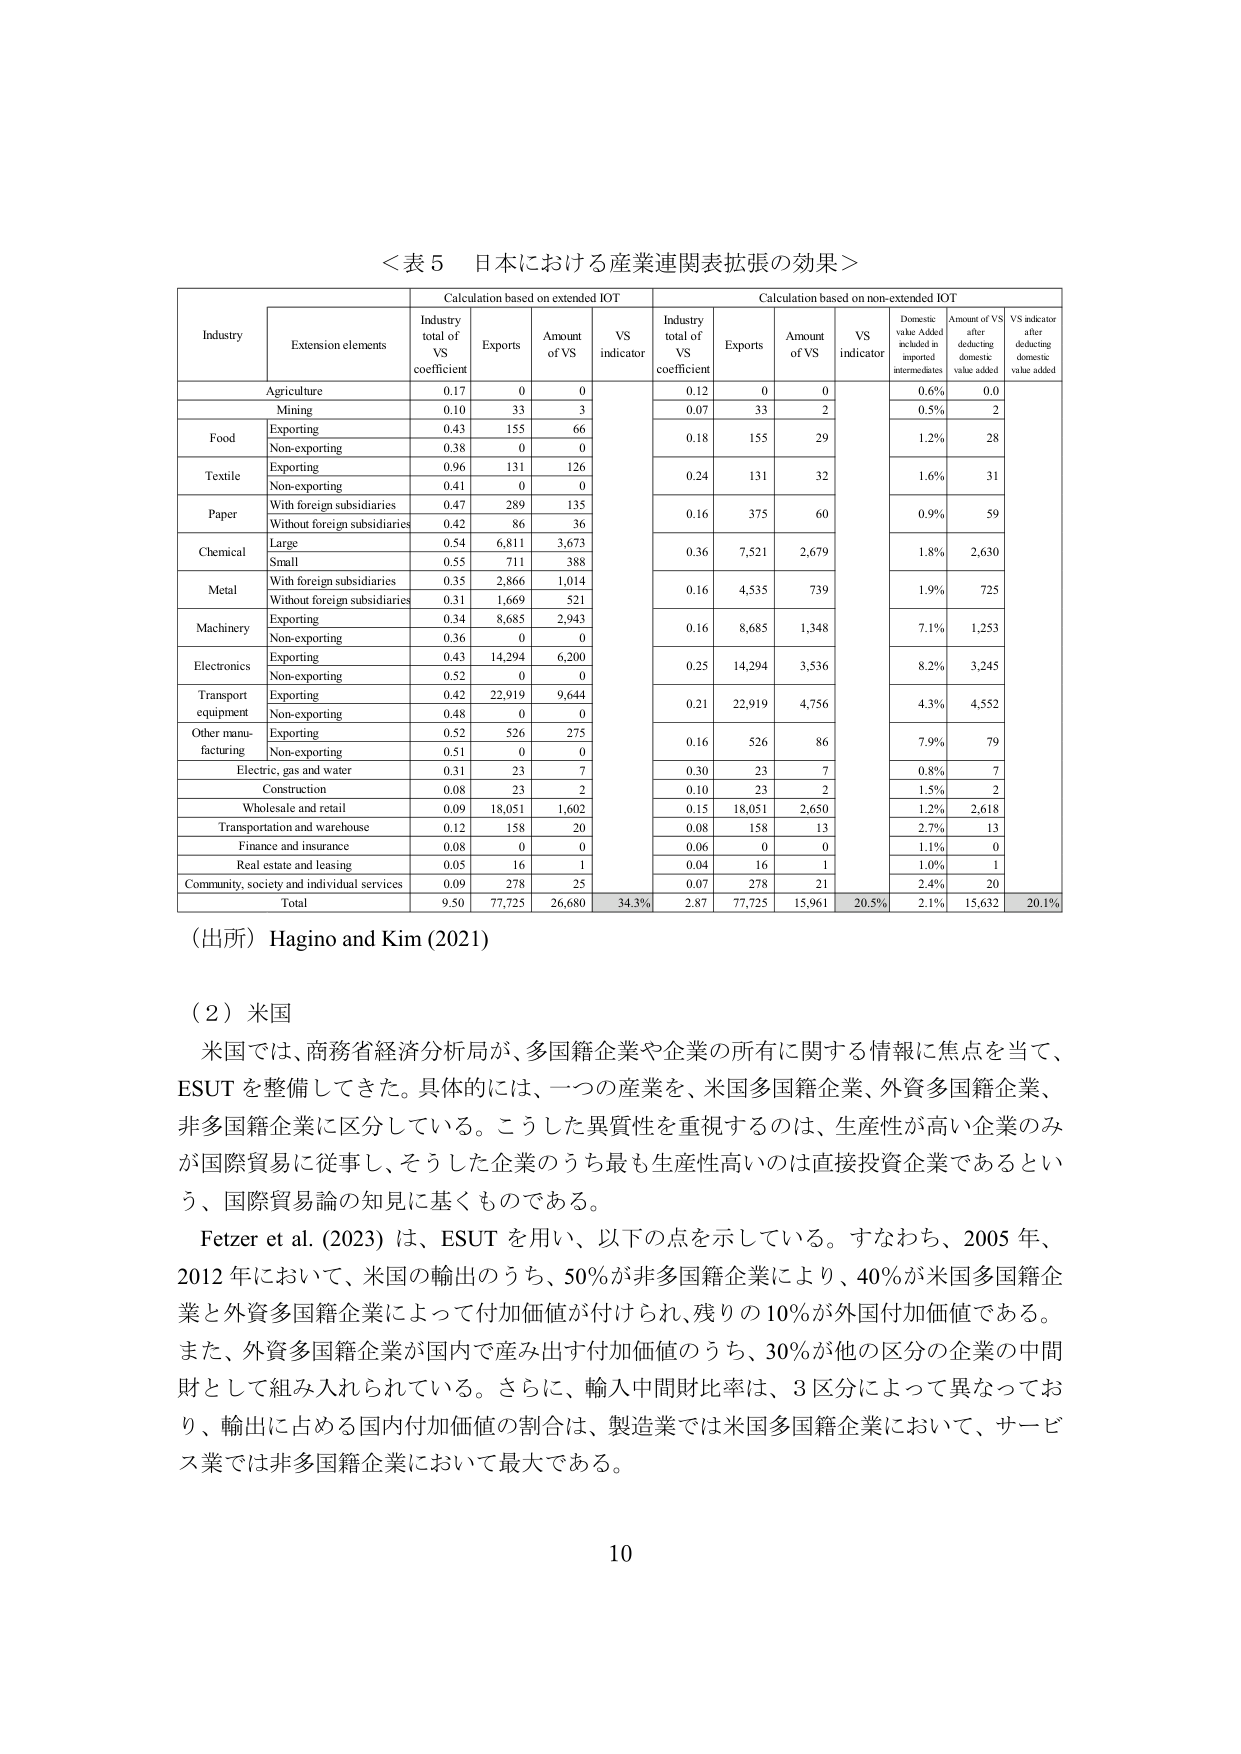
＜表５ 日本における産業連関表拡張の効果＞

Industry | Extension elements | Calculation based on extended IOT | Calculation based on non-extended IOT
--- | --- | --- | ---
 | | Industry total of VS coefficient | Exports | Amount of VS | VS indicator | Industry total of VS coefficient | Exports | Amount of VS | VS indicator | Domestic value Added included in imported intermediates | Amount of VS after deducting domestic value added | VS indicator after deducting domestic value added
Agriculture | | 0.17 | 0 | 0 | | 0.12 | 0 | 0 | | 0.6% | 0.0 |
Mining | | 0.10 | 33 | 3 | | 0.07 | 33 | 2 | | 0.5% | 2 |
Food | Exporting | 0.43 | 155 | 66 | | 0.18 | 155 | 29 | | 1.2% | 28 |
 | Non-exporting | 0.38 | 0 | 0 | | | | | | | |
Textile | Exporting | 0.96 | 131 | 126 | | 0.24 | 131 | 32 | | 1.6% | 31 |
 | Non-exporting | 0.41 | 0 | 0 | | | | | | | |
Paper | With foreign subsidiaries | 0.47 | 289 | 135 | | 0.16 | 375 | 60 | | 0.9% | 59 |
 | Without foreign subsidiaries | 0.42 | 86 | 36 | | | | | | | |
Chemical | Large | 0.54 | 6,811 | 3,673 | | 0.36 | 7,521 | 2,679 | | 1.8% | 2,630 |
 | Small | 0.55 | 711 | 388 | | | | | | | |
Metal | With foreign subsidiaries | 0.35 | 2,866 | 1,014 | | 0.16 | 4,535 | 739 | | 1.9% | 725 |
 | Without foreign subsidiaries | 0.31 | 1,669 | 521 | | | | | | | |
Machinery | Exporting | 0.34 | 8,685 | 2,943 | | 0.16 | 8,685 | 1,348 | | 7.1% | 1,253 |
 | Non-exporting | 0.36 | 0 | 0 | | | | | | | |
Electronics | Exporting | 0.43 | 14,294 | 6,200 | | 0.25 | 14,294 | 3,536 | | 8.2% | 3,245 |
 | Non-exporting | 0.52 | 0 | 0 | | | | | | | |
Transport equipment | Exporting | 0.42 | 22,919 | 9,644 | | 0.21 | 22,919 | 4,756 | | 4.3% | 4,552 |
 | Non-exporting | 0.48 | 0 | 0 | | | | | | | |
Other manufacturing | Exporting | 0.52 | 526 | 275 | | 0.16 | 526 | 86 | | 7.9% | 79 |
 | Non-exporting | 0.51 | 0 | 0 | | | | | | | |
Electric, gas and water | | 0.31 | 23 | 7 | | 0.30 | 23 | 7 | | 0.8% | 7 |
Construction | | 0.08 | 23 | 2 | | 0.10 | 23 | 2 | | 1.5% | 2 |
Wholesale and retail | | 0.09 | 18,051 | 1,602 | | 0.15 | 18,051 | 2,650 | | 1.2% | 2,618 |
Transportation and warehouse | | 0.12 | 158 | 20 | | 0.08 | 158 | 13 | | 2.7% | 13 |
Finance and insurance | | 0.08 | 0 | 0 | | 0.06 | 0 | 0 | | 1.1% | 0 |
Real estate and leasing | | 0.05 | 16 | 1 | | 0.04 | 16 | 1 | | 1.0% | 1 |
Community, society and individual services | | 0.09 | 278 | 25 | | 0.07 | 278 | 21 | | 2.4% | 20 |
Total | | 9.50 | 77,725 | 26,680 | 34.3% | 2.87 | 77,725 | 15,961 | 20.5% | 2.1% | 15,632 | 20.1%

（出所）Hagino and Kim (2021)

（２）米国

米国では、商務省経済分析局が、多国籍企業や企業の所有に関する情報に焦点を当て、ESUT を整備してきた。具体的には、一つの産業を、米国多国籍企業、外資多国籍企業、非多国籍企業に区分している。こうした異質性を重視するのは、生産性が高い企業のみが国際貿易に従事し、そうした企業のうち最も生産性高いのは直接投資企業であるという、国際貿易論の知見に基づくものである。

Fetzer et al. (2023) は、ESUT を用い、以下の点を示している。すなわち、2005 年、2012 年において、米国の輸出のうち、50%が非多国籍企業により、40%が米国多国籍企業と外資多国籍企業によって付加価値が付けられ、残りの 10%が外国付加価値である。また、外資多国籍企業が国内で産み出す付加価値のうち、30%が他の区分の企業の中間財として組み入れられている。さらに、輸入中間財比率は、3 区分によって異なっており、輸出に占める国内付加価値の割合は、製造業では米国多国籍企業において、サービス業では非多国籍企業において最大である。

10